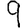
Digit: 9